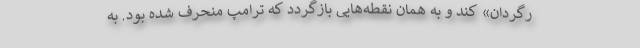
رگردان» کند و به همان نقطه‌هایی بازگردد که ترامپ منحرف شده بود. به